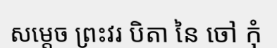
សម្តេច ព្រះវរ បិតា នៃ ចៅ កុំ